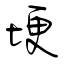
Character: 埂